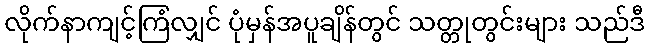
လိုက်နာကျင့်ကြံလျှင် ပုံမှန်အပူချိန်တွင် သတ္တုတွင်းများ သည်ဒီ